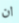
ان